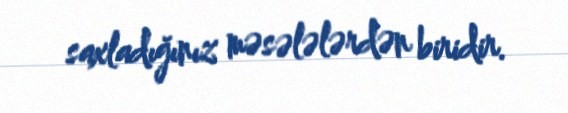
saxladığınız məsələlərdən biridir.